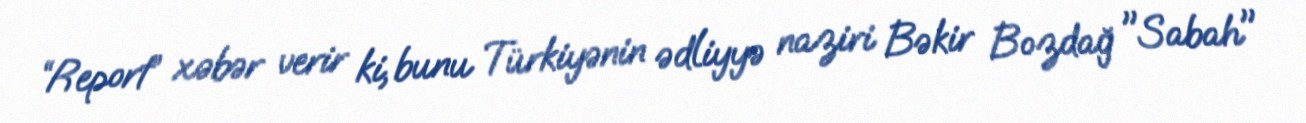
“Report” xəbər verir ki, bunu Türkiyənin ədliyyə naziri Bəkir Bozdağ "Sabah"